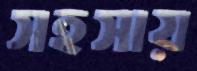
সহসায়